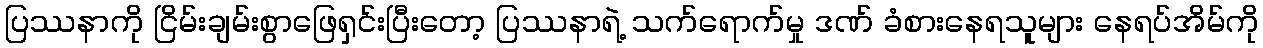
ပြဿနာကို ငြိမ်းချမ်းစွာဖြေရှင်းပြီးတော့ ပြဿနာရဲ့ သက်ရောက်မှု ဒဏ် ခံစားနေရသူများ နေရပ်အိမ်ကို